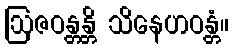
ဩဇဝန္တန္တိ သိနေဟဝန္တံ။